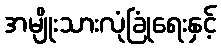
အမျိုးသားလုံခြုံရေးနှင့်